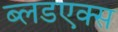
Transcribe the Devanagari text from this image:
ब्लडएक्स